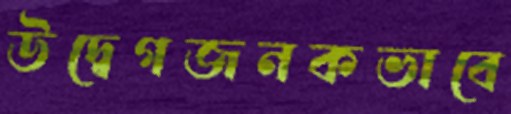
উদ্বেগজনকভাবে